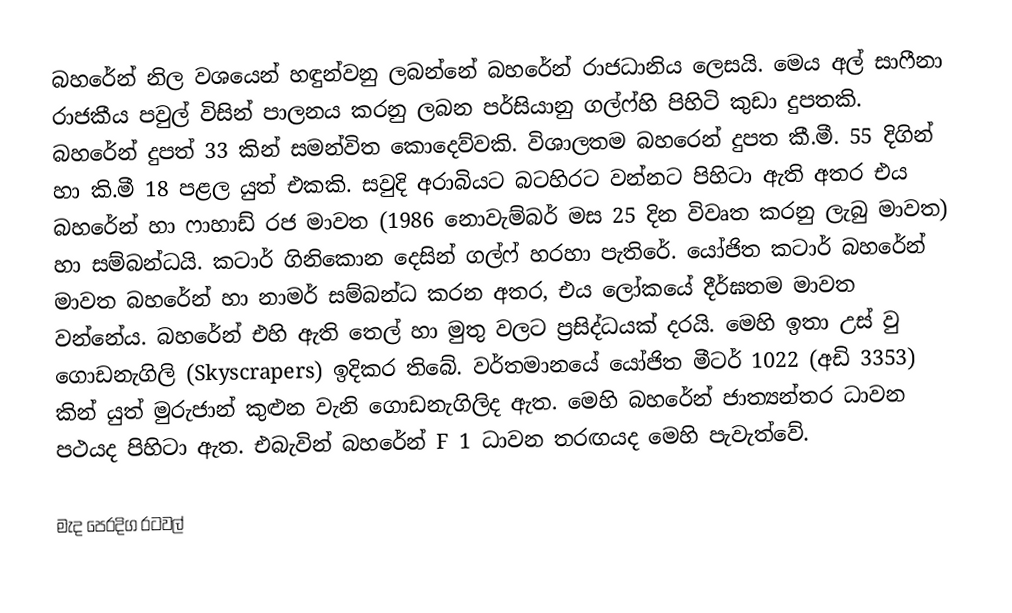
බහරේන් නිල වශයෙන් හඳුන්වනු ලබන්නේ බහරේන් රාජධානිය ලෙසයි. මෙය අල් සාෆීනා රාජකීය පවුල් විසින් පාලනය කරනු ලබන පර්සියානු ගල්ෆ්හි පිහිටි කුඩා දුපතකි. බහරේන් දුපත් 33 කින් සමන්විත කොදෙව්වකි. විශාලතම බහරෙන් දුපත කී.මී. 55 දිගින් හා කි.මී 18 පළල යුත් එකකි. සවුදි අරාබියට බටහිරට වන්නට පිහිටා ඇති අතර එය බහරේන් හා ෆාහාඩ් රජ මාවත (1986 නොවැම්බර් මස 25 දින විවෘත කරනු ලැබු මාවත) හා සම්බන්ධයි. කටාර් ගිනිකොන දෙසින් ගල්ෆ් හරහා පැතිරේ. ‍‍යෝජිත කටාර් බහරේන් මාවත බහරේන් හා නාමර් සම්බන්ධ කරන අතර, එය ලෝකයේ දීර්ඝතම මාවත වන්නේය. බහරේන් එහි ඇති තෙල් හා මුතු වලට ප්‍රසිද්ධයක් දරයි. මෙහි ඉතා උස් වු ගොඩනැගිලි (Skyscrapers)  ඉදිකර තිබේ. වර්තමානයේ යෝජිත මීටර් 1022 (අඩි 3353) කින් යුත් මුරුජාන් කුළුන වැනි ගොඩනැගිලිද ඇත. මෙහි බහරේන් ජාත්‍යන්තර ධාවන පථයද පිහිටා ඇත. එබැවින් බහරේන් F 1 ධාවන තරඟයද මෙහි පැවැත්වේ.

මැද පෙරදිග රටවල්